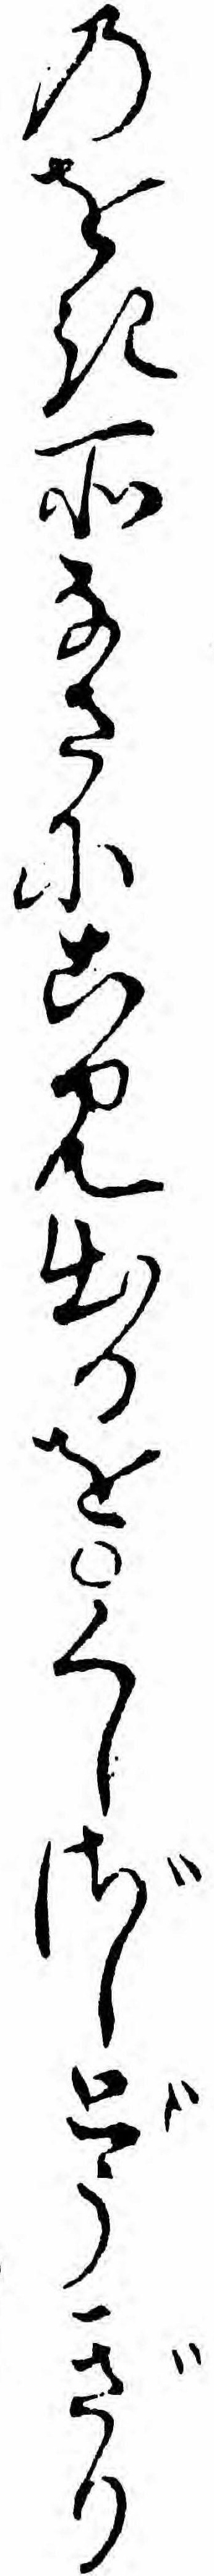
のをき所なさにこみ出るをくしざしどうぎり